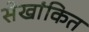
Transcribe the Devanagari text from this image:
सेखांकित